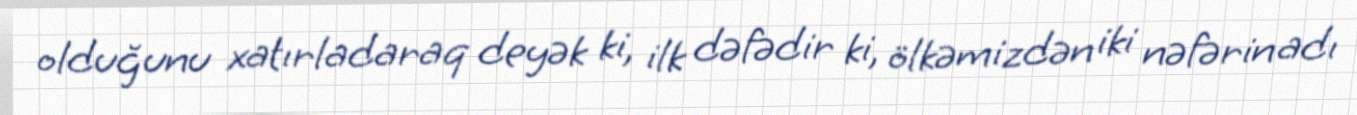
olduğunu xatırladaraq deyək ki, ilk dəfədir ki, ölkəmizdən iki nəfərin adı